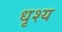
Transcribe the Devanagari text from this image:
धृश्य